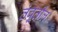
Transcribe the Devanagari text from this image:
तंबूतील